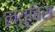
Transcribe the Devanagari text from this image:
ल्युविस